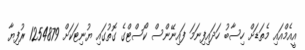
އީއެމްއައި މެތަޑަށް ހިސާބު ހަދައިފިނަމަ ފައިނޭންސް ކޯސްޓްގެ ގޮތުގައި ޔުނިޓަކަށް 1254879 ރުފިޔާ